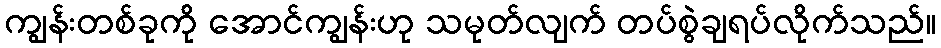
ကျွန်းတစ်ခုကို အောင်ကျွန်းဟု သမုတ်လျက် တပ်စွဲချရပ်လိုက်သည်။